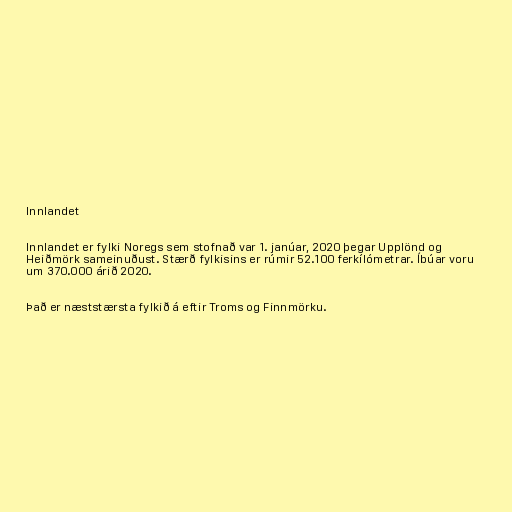
Innlandet

Innlandet er fylki Noregs sem stofnað var 1. janúar, 2020 þegar Upplönd og
Heiðmörk sameinuðust. Stærð fylkisins er rúmir 52.100 ferkílómetrar. Íbúar voru
um 370.000 árið 2020.

Það er næststærsta fylkið á eftir Troms og Finnmörku.